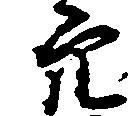
穴